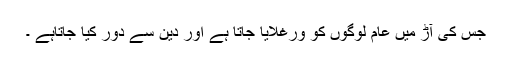
جس کی آڑ میں عام لوگوں کو ورغلایا جاتا ہے اور دین سے دور کیا جاتاہے ۔